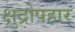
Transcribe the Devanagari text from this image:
क्षुद्रोपहार